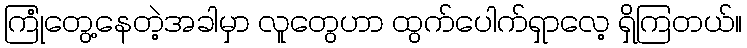
ကြုံတွေ့နေတဲ့အခါမှာ လူတွေဟာ ထွက်ပေါက်ရှာလေ့ ရှိကြတယ်။